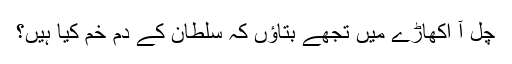
چل آ اکھاڑے میں تجھے بتاؤں کہ سلطان کے دم خم کیا ہیں؟